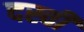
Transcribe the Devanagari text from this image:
दस्वीं